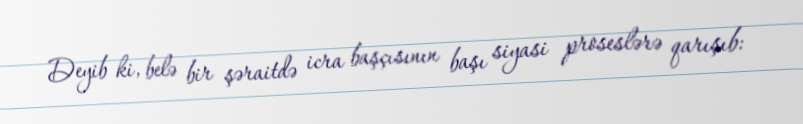
Deyib ki, belə bir şəraitdə icra başçısının başı siyasi proseslərə qarışıb: